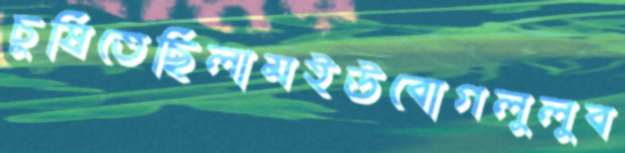
চুষিতেছিলামইউবোগলুলুব